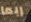
ربما